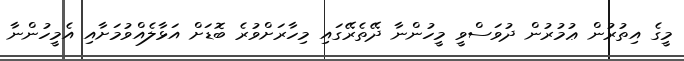
މީގެ އިތުރުން ޢުމުރުން ދުވަސްވީ މީހުންނާ ދޭތެރޭގައި މިހާރަށްވުރެ ބޮޑަށް އަޅާލެއްވުމަށާއި އެމީހުންނާ